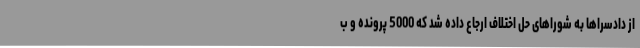
از دادسراها به شوراهای حل اختلاف ارجاع داده شد که 5000 پرونده و ب